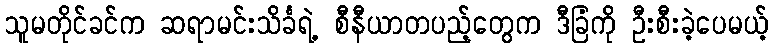
သူမတိုင်ခင်က ဆရာမင်းသိင်္ခရဲ့ စီနီယာတပည့်တွေက ဒီခြံကို ဦးစီးခဲ့ပေမယ့်